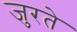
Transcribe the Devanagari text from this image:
जुरते